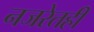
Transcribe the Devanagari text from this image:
नजरेतही